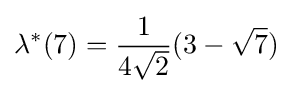
\lambda ^{*}(7)={\frac {1}{4{\sqrt {2}}}}(3-{\sqrt {7}})